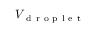
V _ { \mathrm { ~ d ~ r ~ o ~ p ~ l ~ e ~ t ~ } }